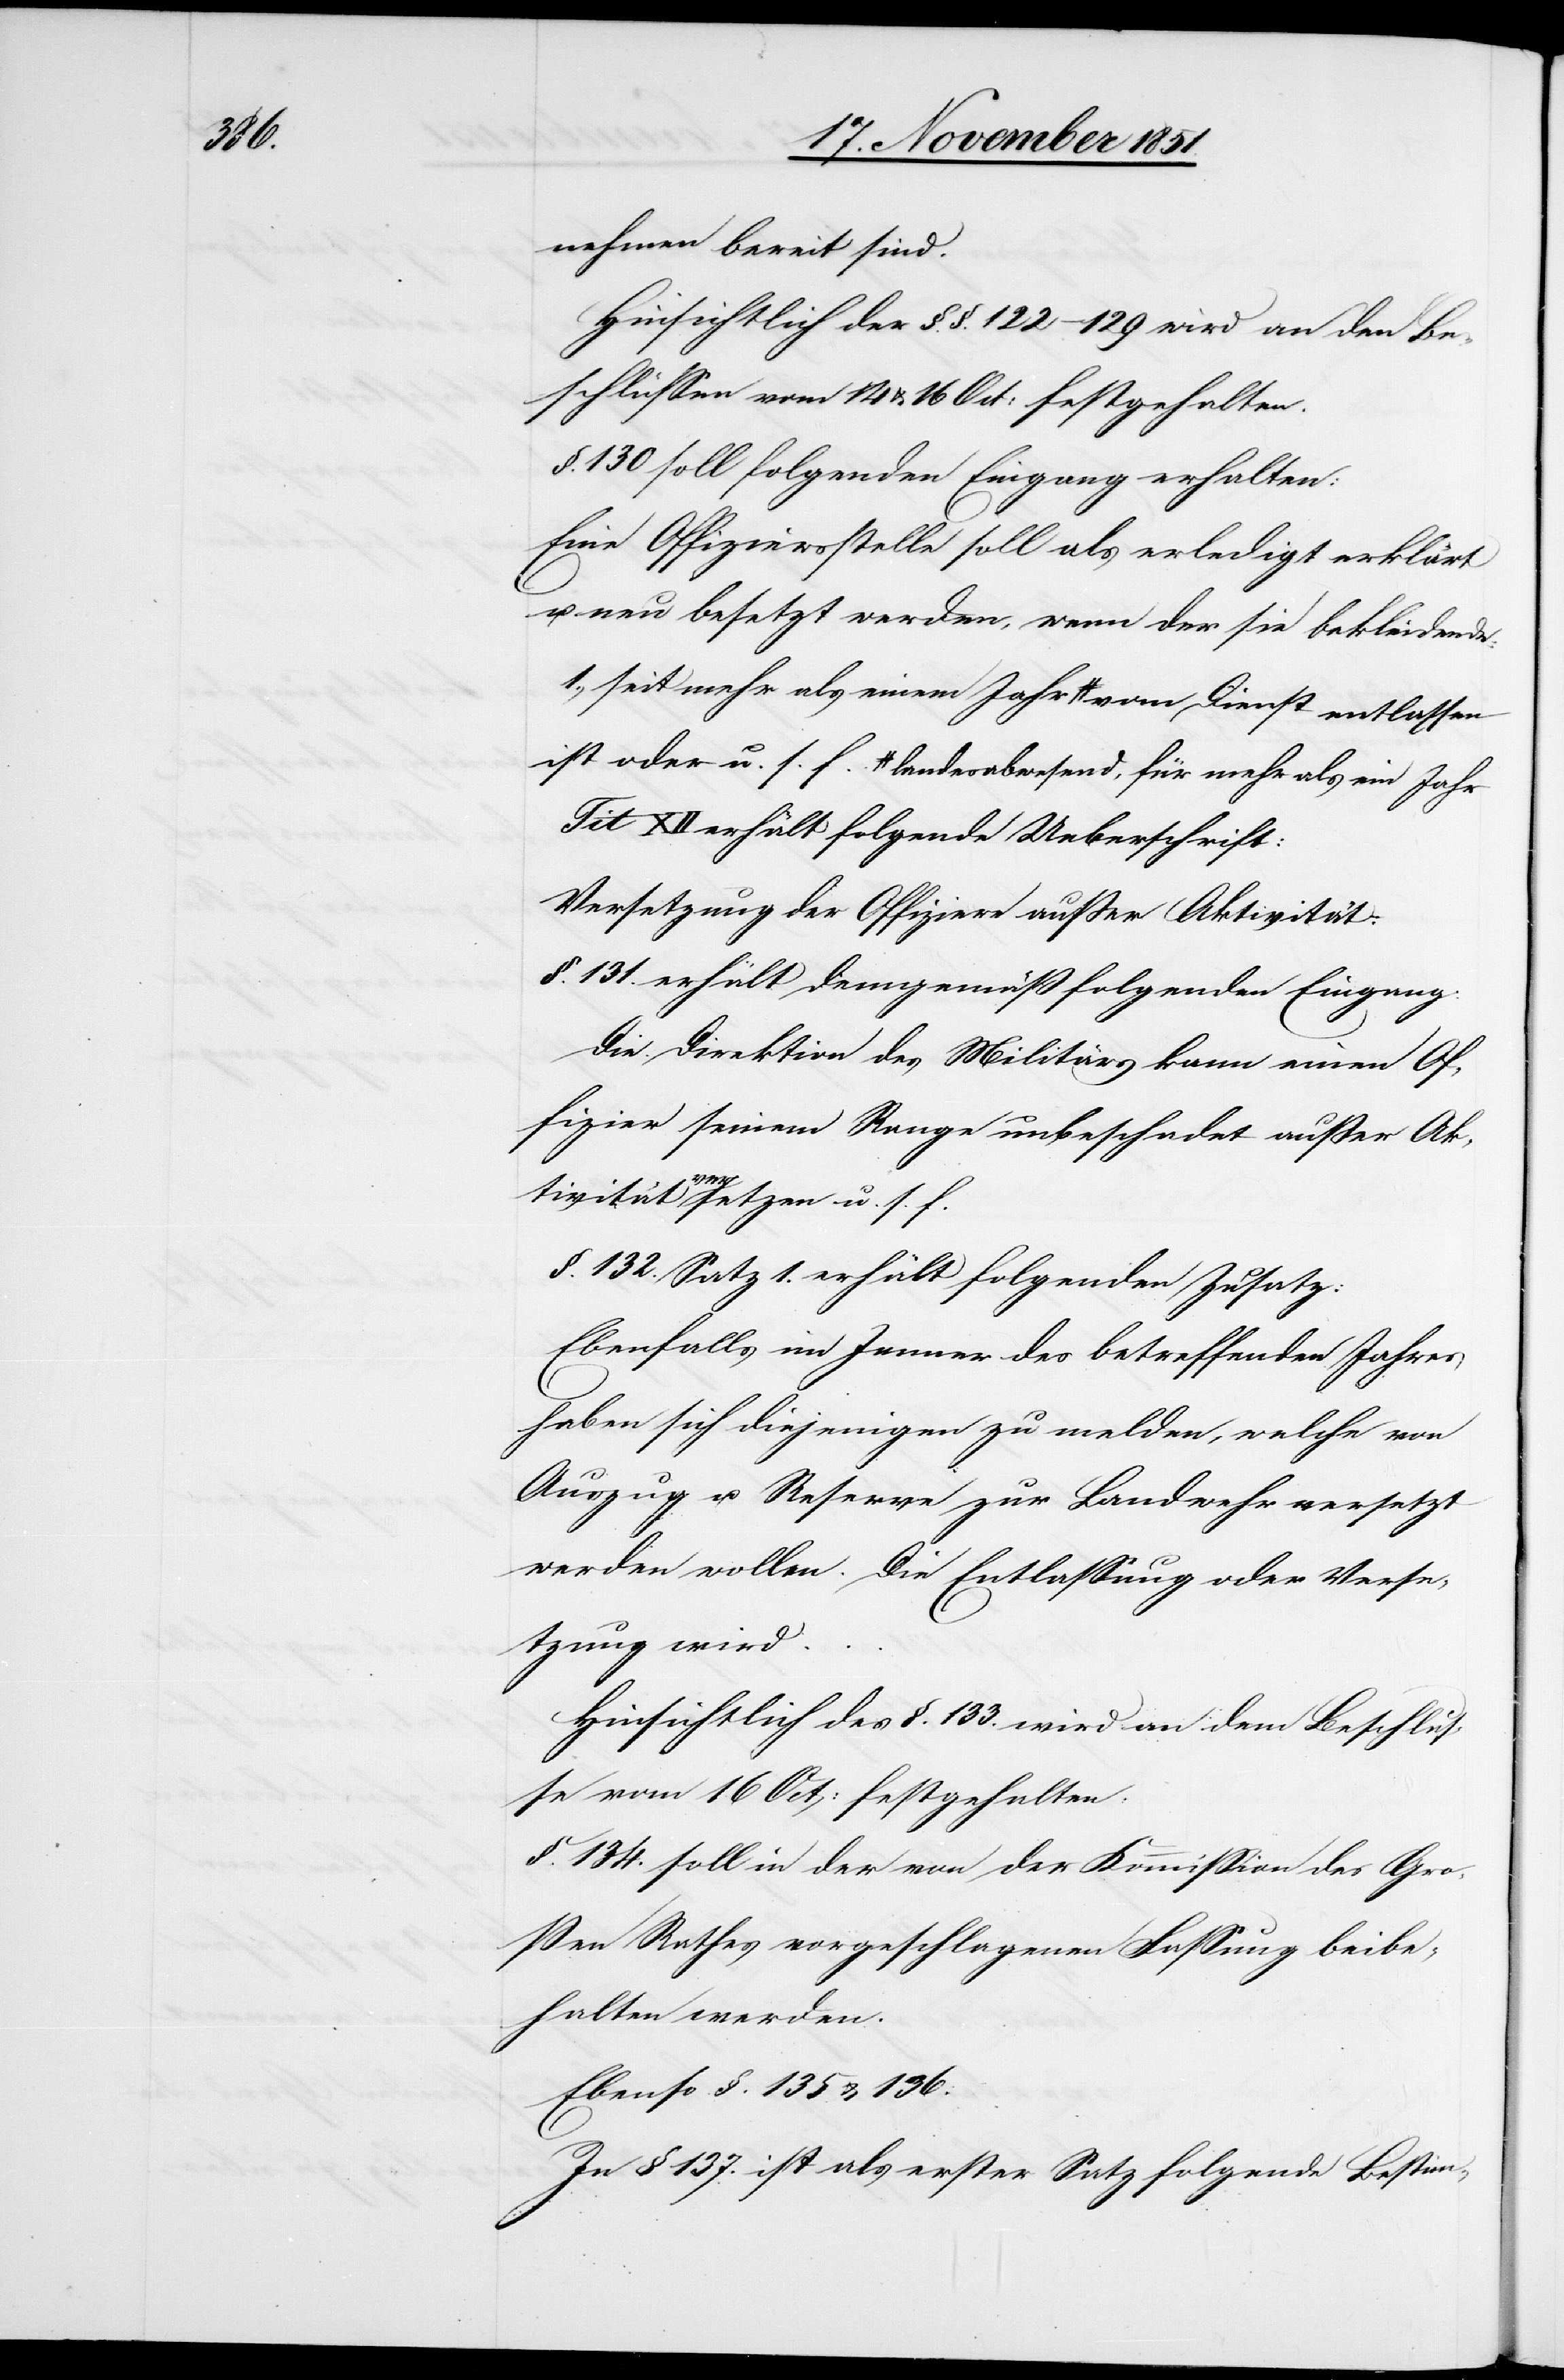
nehmen bereit sind.
Hinsichtlich der §.§. 122–129 wird an den Be¬
schlüssen vom 14 & 16 Oct: festgehalten.
§. 130 soll folgenden Eingang erhalten:
Eine Offiziersstelle soll als erledigt erklärt
u. neu besetzt werden, wenn der sie bekleidende:
d, für mehr als ein Jahr-a vom Dienst entlassen
Tit XII erhält folgende Ueberschrift:
Versetzung der Offiziere außer Aktivität:
§. 131. erhält demgemäß folgenden Eingang:
Die Direktion des Militärs kann einen Of¬
fizier seinem Range unbeschadet außer Ak¬
f.
tivität versetzen u. s. f.
§. 132. Satz 1. erhält folgenden Zusatz:
Ebenfalls im Jenner des betreffenden Jahres
haben sich diejenigen zu melden, welche von
Auszug u. Reserve zur Landwehr versetzt
werden wollen. Die Entlassung oder Verse¬
tzung wird
Hinsichtlich des §. 133. wird an dem Beschlus¬
se vom 16 Oct: festgehalten.
§. 134. soll in der von der Kommission des Gro¬
ßen Rathes vorgeschlagenen Fassung beibe¬
halten werden.
Ebenso §. 135 & 136.
In § 137. ist als erster Satz folgende Bestim-